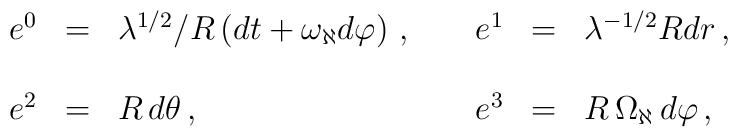
\begin{array}{rclrcl}e^{0} & = & \lambda^{1/2}/R\left( dt +\omega_{\aleph}d\varphi \right)\, ,\hspace{.5cm} & e^{1} & = & \lambda^{-1/2} Rdr \, , \\& & & & & \\e^{2} & = & R\, d\theta\, , & e^{3} & = &  R\, \Omega_{\aleph}\, d\varphi \, ,\\\end{array}